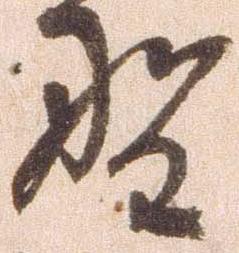
野